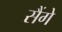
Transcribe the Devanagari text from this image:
सैंगे